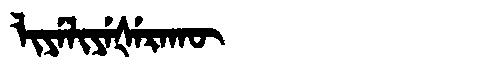
Manchu: ᠯᡳᠶᡝᠯᡳᠶᡝᡧᡝᡵᠠᡴᡡ
Romanization: LIYELIYEŠERAKŪ